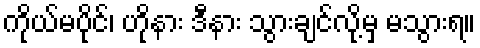
ကိုယ်မပိုင်၊ ဟိုနား ဒီနား သွားချင်လို့မှ မသွားရ။